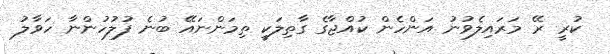
ކުރީ ރޭ މަރައިލެވުނު އަންހެން ކުއްޖާގެ ގާތިލަކީ ތިމަންނައޭ ބުނެ ފުލުހުންނާ ހަވާލު